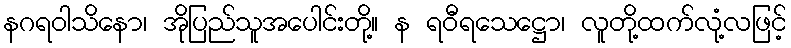
နဂရဝါသိနော၊ အိုပြည်သူအပေါင်းတို့။ န ရဝီရသေဋ္ဌော၊ လူတို့ထက်လုံ့လဖြင့်